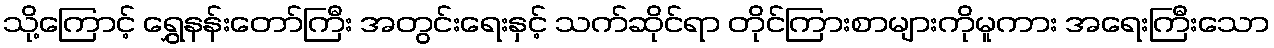
သို့ကြောင့် ရွှေနန်းတော်ကြီး အတွင်းရေးနှင့် သက်ဆိုင်ရာ တိုင်ကြားစာများကိုမူကား အရေးကြီးသော